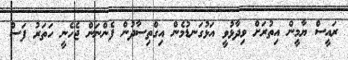
ރައީސް ޔާމީން އިތުރަށް ވިދާޅުވީ އަޅުގަނޑުމެން އިގްތިސާދުން ފެންނަން ޖެހެނީ ހަތަރު ފަސް